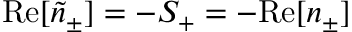
\mathrm { R e } [ \tilde { n } _ { \pm } ] = - S _ { + } = - \mathrm { R e } [ n _ { \pm } ]